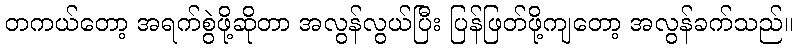
တကယ်တော့ အရက်စွဲဖို့ဆိုတာ အလွန်လွယ်ပြီး ပြန်ဖြတ်ဖို့ကျတော့ အလွန်ခက်သည်။